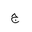
Letter: _gim